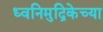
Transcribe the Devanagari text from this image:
ध्वनिमुद्रिकेच्या